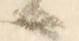
る